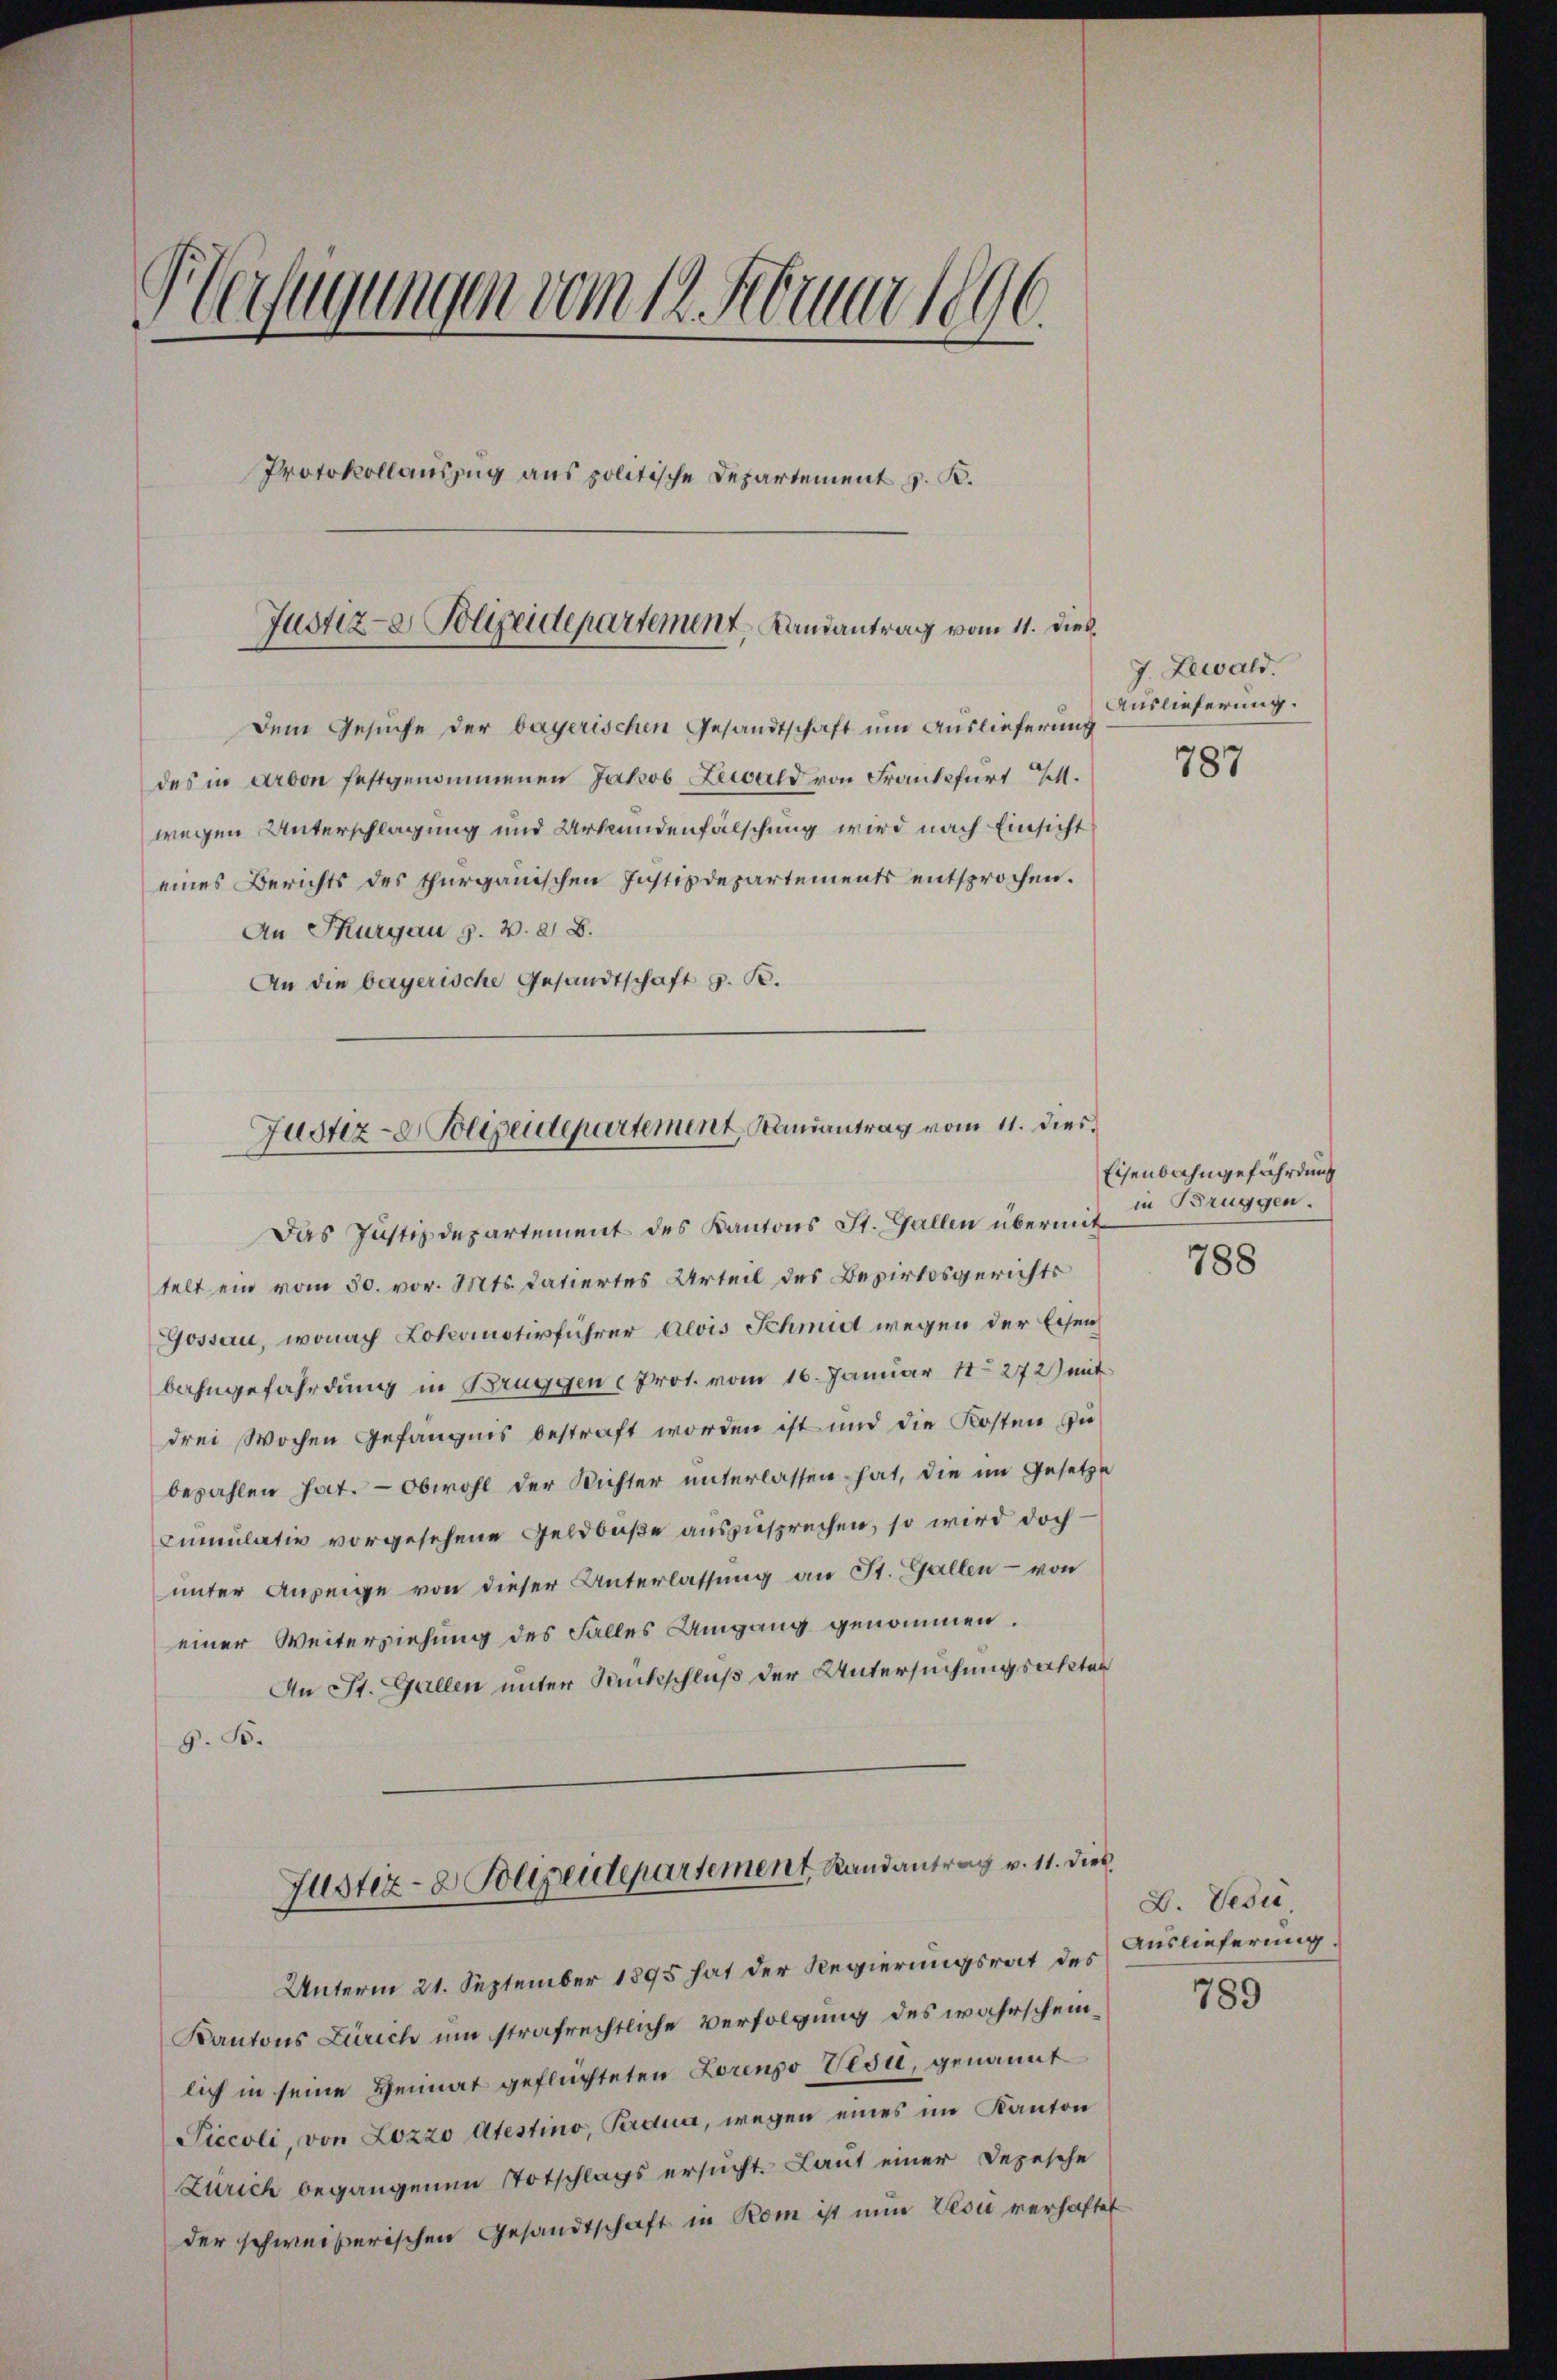
Verfügungen vom 12. Februar 1896.
Protokollauszug aus politische Departement v. R.
Justiz- & Polizeidepartement, Landantrag vom 11. dies

dem Gesuche der bayerischen Gesandtschaft um Auslieferung
des in Arbon festgenommenen Jakob Lewald von Frankfurt M.
wegen Unterschlagung und Urkundenfälschung wird nach Einsicht
eines Berichts des Thurgauischen Instizdepartements entsprochen.
An Thurgau s. v. 2. B.
An die bayerische Gesandtschaft z. B.

Justiz- & Polizeidepartement Ramantrag vom 11. dies

Das Justizdepartement des Kantons St. Gallen übermit
telt ein vom 30. vor. Mts. datiertes Urteil des Bezirksgerichts
Gossau, wonach Lokomotivführer Alois Schmidt wegen der Eisen
bahngefährdung in Bruggen Prot. vom 16. Januar 18272) mit
drei Wochen Gefängnis bestraft worden ist und die Kosten zu
bezahlen hat. — Obwohl der Richter unterlassen hat, die im Gesetze
Cumulativ vorgesehene Geldbuße auszusprechen, so wird doch
unter Anzeige von dieser Unterlassung an St. Gallen - von
einer Weiterziehung des Falles Umgang genommen.
An St. Gallen unter Rückschluß der Untersuchungsakten
S. S.
Justiz- & Polizendepartement Randantrag v. 11. dies
Unterm 21. September 1895 hat der Regierungsrat des
Kantons Zürich um strafrechtliche Verfolgung des wahrscheinlich in seine Heimat geflüchteten Lorenso Vesu, genannt
Siccoli, von Lozzo Atestino, Pardua, wegen eines im Kanton
Zürich begangenen Totschlags ersucht. Laut einer Depesche
der schweiserischen Gesandtschaft in Rom ist nun Vesii verhaftet

J. Lewald.
Auslieferung.

787

Eisenbahngefährdung
in Brüggen.

788

B. Vesu
Auslieferung.

789